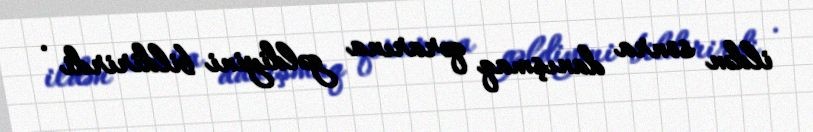
ildən sonra danışmaq qərarına gəldiyini bildirirdi .